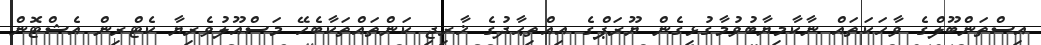
އިސްތަންބޫލްގެ ވާހަކަތައް ނާކާމިޔާބުވުމާގުޅިގެން ޔޫރަޕްގެ އިއްތިޙާދުގެ ޚާރިޖި ކަންތައްތަކާބެހޭ މަސްއޫލުވެރިޔާ ކެޓްރިން އެޝްޓޮން